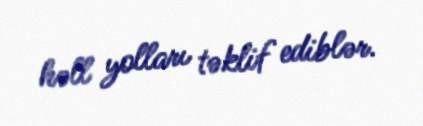
həll yolları təklif ediblər.